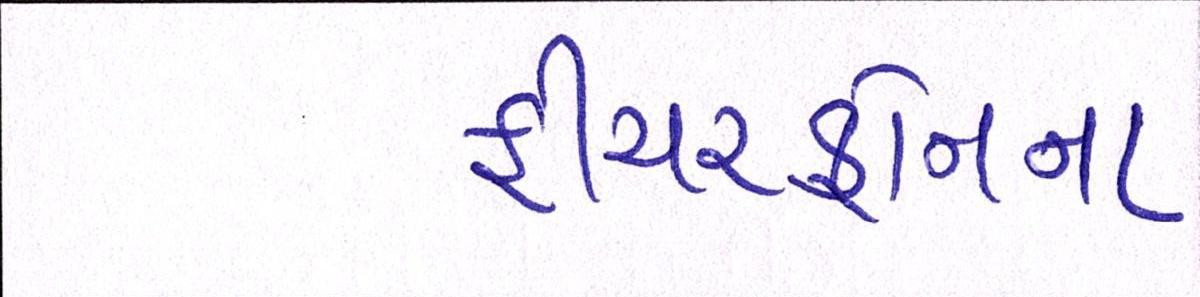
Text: ફીચરફોનના